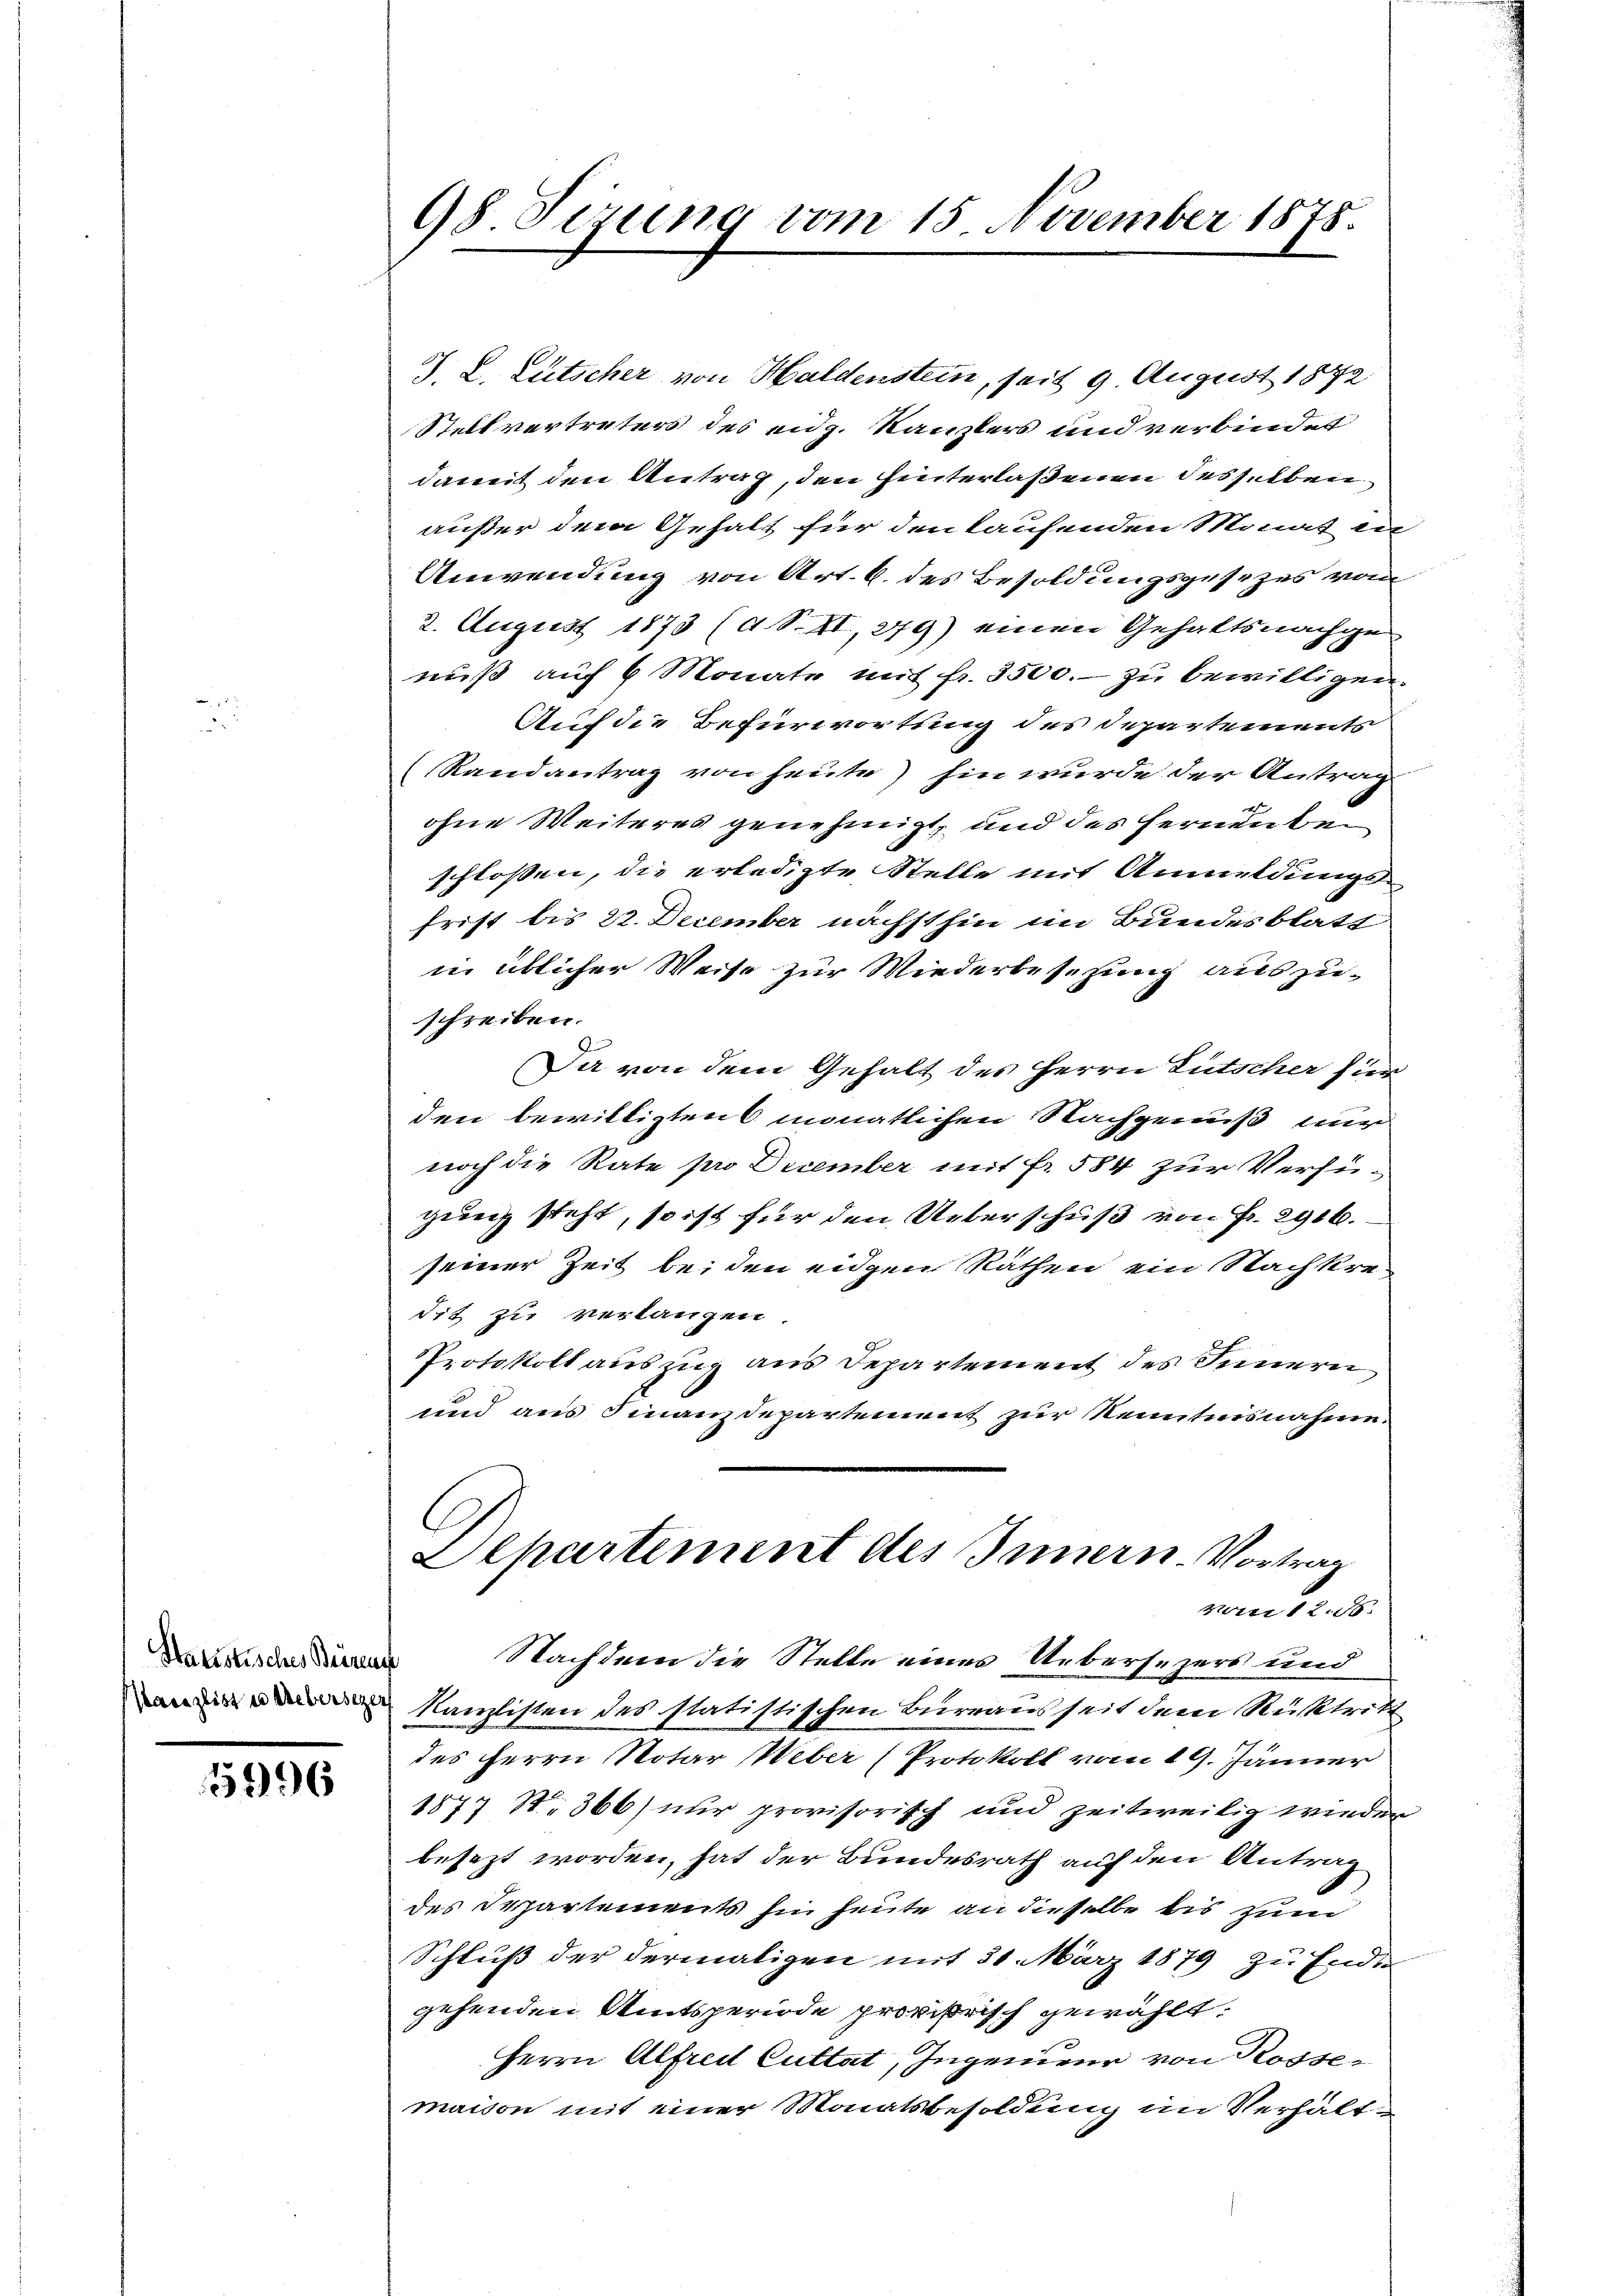
Statistisches Beirat

5996

98 Sirung vom 15. November 1875.

J. L. Lütscher von Haldenstein, seit 9. August 1872
Stellvertreters des eidg. Kanzlers und verbindet
damit den Antrag, den hinterlassenen desselben
außer dem Gehalt für den kaufenden Monat in
Anwendung von Art. 6. des Besoldungsgesezes vom
2. August 1873 (4 S. II, 279) einen Gehaltsnachge
nuß auf 6 Monate mit fr. 3500.- zu bewilligen.
Auf die Befürwortung des Departements
Randantrag von heute) hin wurde der Antrag
de
ohne Weiteres genehmigt, und des fernen beschlossen, die erledigte Stelle mit Anmeldungsfrist bis 22. December nächsthin im Bundesblatt
in üblicher Weise zur Wiederbesetzung auszu-
schreiben.
Da von dem Gehalt des Herrn Gutscher hier
den bewilligten 6 monatlichen Nachgemäß nur
noch die Rate pro December mit fr. 584 zur Verfü-
gung steht, so ist für den Ueberschuß von Fr. 2916.
seiner Zeit bei den eidgen Räthen ein Nachkredit zu verlangen
Protokoll auszug aus Departement des Innern
und aus Finanzdepartement zur Kenntnisnahme.
Departement des Innern-Vortrag
Mit 12.
Nachdem die Stelle eines Uebersezers und
 Kanzlisten des statistischen Burraus seit dem Rücktritt
des Herrn Notar Weber (Protokoll vom 19. Jänner
1877 S. 366) nur provisorisch und zeitweilig wieder
besezt worden, hat der Bundesrath auf den Antrag
des Separtements sie heute an dieselbe bis zum
Schluß der dermaligen mit 21. März 1879 zu Endt
gehenden Amtsperiode provisorisch gewählt.
Herrn Alfreit Cuttat, Ingenieur von Rossemaison mit einer Monatsbesoldung im Verhält¬